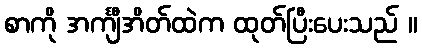
စာကို အင်္ကျီအိတ်ထဲက ထုတ်ပြီးပေးသည် ။